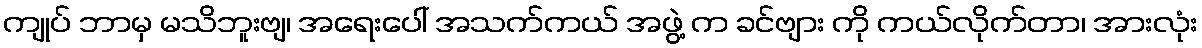
ကျုပ် ဘာမှ မသိဘူးဗျ၊ အရေးပေါ် အသက်ကယ် အဖွဲ့ က ခင်ဗျား ကို ကယ်လိုက်တာ၊ အားလုံး